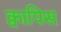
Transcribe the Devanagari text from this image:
क्वापिस